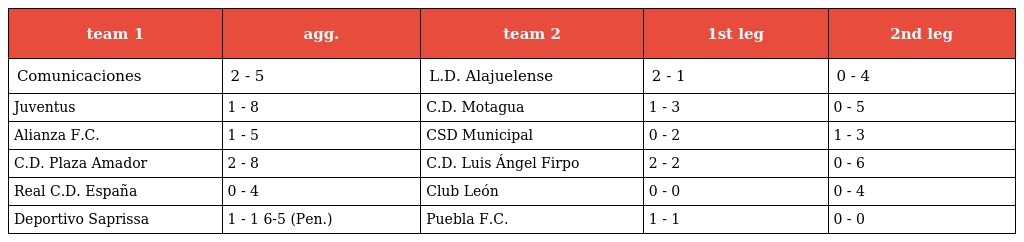
| team 1 | agg. | team 2 | 1st leg | 2nd leg |
 | --- | --- | --- | --- | --- |
 | Comunicaciones | 2 - 5 | L.D. Alajuelense | 2 - 1 | 0 - 4 |
 | Juventus | 1 - 8 | C.D. Motagua | 1 - 3 | 0 - 5 |
 | Alianza F.C. | 1 - 5 | CSD Municipal | 0 - 2 | 1 - 3 |
 | C.D. Plaza Amador | 2 - 8 | C.D. Luis Ángel Firpo | 2 - 2 | 0 - 6 |
 | Real C.D. España | 0 - 4 | Club León | 0 - 0 | 0 - 4 |
 | Deportivo Saprissa | 1 - 1 6-5 (Pen.) | Puebla F.C. | 1 - 1 | 0 - 0 |